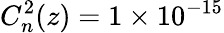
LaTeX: C_{n}^{2}(z)=1\times 10^{-15}